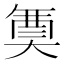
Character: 𭑟